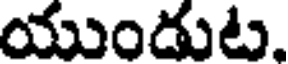
యుండుట.